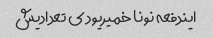
ایندفعه نونا خمیریود ی تعدادیش